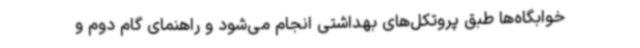
خوابگاه‌ها طبق پروتکل‌های بهداشتی انجام می‌شود و راهنمای گام دوم و